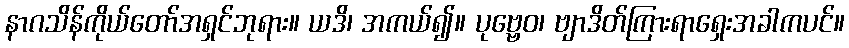
နာဂသိန်ကိုယ်တော်အရှင်ဘုရား။ ယဒိ၊ အကယ်၍။ ပုဗ္ဗေဝ၊ ဗျာဒိတ်ကြားရာရှေးအခါကပင်။